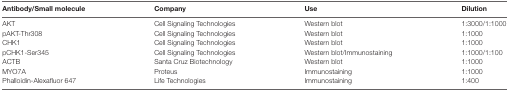
<table><thead><tr><td><b>Antibody/Small molecule</b></td><td><b>Company</b></td><td><b>Use</b></td><td><b>Dilution</b></td></tr></thead><tbody><tr><td>AKT</td><td>Cell Signaling Technologies</td><td>Western blot</td><td>1:3000/1:1000</td></tr><tr><td>pAKT-Thr308</td><td>Cell Signaling Technologies</td><td>Western blot</td><td>1:1000</td></tr><tr><td>CHK1</td><td>Cell Signaling Technologies</td><td>Western blot</td><td>1:1000</td></tr><tr><td>pCHK1-Ser345</td><td>Cell Signaling Technologies</td><td>Western blot/Immunostaining</td><td>1:1000/1:100</td></tr><tr><td>ACTB</td><td>Santa Cruz Biotechnology</td><td>Western blot</td><td>1:1000</td></tr><tr><td>MYO7A</td><td>Proteus</td><td>Immunostaining</td><td>1:1000</td></tr><tr><td>Phalloidin-Alexafluor 647</td><td>Life Technologies</td><td>Immunostaining</td><td>1:400</td></tr></tbody></table>